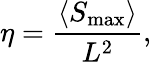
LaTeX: \eta=\frac{\langle S_{\mathrm{max}}\rangle}{L^{2}},